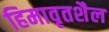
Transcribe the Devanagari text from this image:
हिमावृतशैल